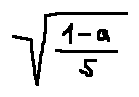
\sqrt { \frac { 1 - a } { 5 } }